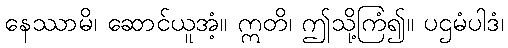
နေဿာမိ၊ ဆောင်ယူအံ့။ ဣတိ၊ ဤသို့ကြံ၍။ ပဌမံပါဒံ၊